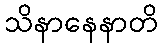
သိနာနေနာတိ